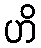
ဟိ